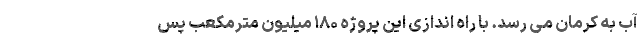
آب به کرمان می رسد. با راه اندازی این پروژه ۱۸۰ میلیون مترمکعب پس